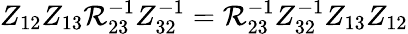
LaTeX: Z_{12}Z_{13}{\cal R}_{23}^{-1}Z_{32}^{-1}={\cal R}_{23}^{-1}Z_{32}^{-1}Z_{13}Z_{12}